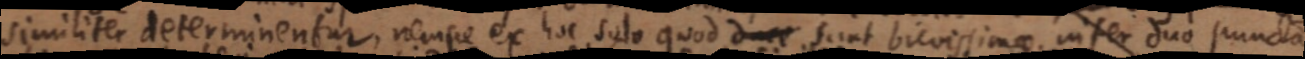
similiter determinentur, nempe ex hoc solo quod duae sunt brevissimae inter duo puncta